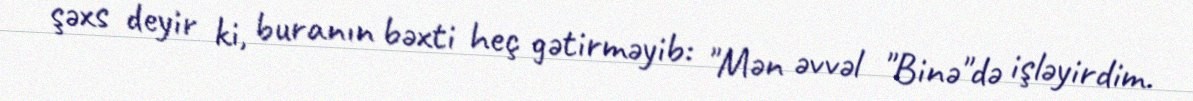
şəxs deyir ki, buranın bəxti heç gətirməyib: "Mən əvvəl "Binə"də işləyirdim.